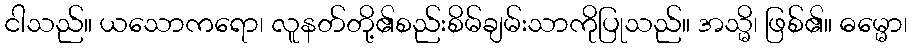
ငါသည်။ ယသောကရော၊ လူနတ်တို့၏စည်းစိမ်ချမ်းသာကိုပြုသည်။ အသ္မိ၊ ဖြစ်၏။ ဓမ္မော၊